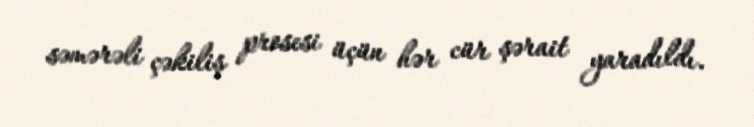
səmərəli çəkiliş prosesi üçün hər cür şərait yaradıldı.